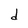
Character: d